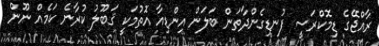
ރާއްޖޭގެ ޑިމޮކްރަސީ ފުނޑިގެންދާތަން ބަލަން އިންޑިއާ އޮތުމަކީ ޤަބޫލު ކުރާނެ ކަމެއް ނޫން